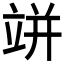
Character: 𥩵